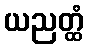
ယညတ္ထံ